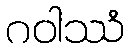
ဂဝါဿံ